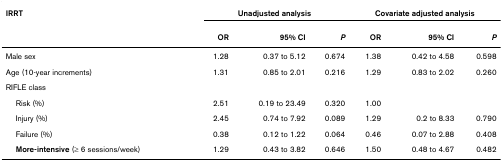
<table><thead><tr><td><b>IRRT</b></td><td colspan="3"><b>Unadjusted analysis</b></td><td colspan="3"><b>Covariate adjusted analysis</b></td></tr><tr><td></td><td><b>OR</b></td><td><b>95% CI</b></td><td><b><i>P</i></b></td><td><b>OR</b></td><td><b>95% CI</b></td><td><b><i>P</i></b></td></tr></thead><tbody><tr><td>Male sex</td><td>1.28</td><td>0.37 to 5.12</td><td>0.674</td><td>1.38</td><td>0.42 to 4.58</td><td>0.598</td></tr><tr><td>Age (10-year increments)</td><td>1.31</td><td>0.85 to 2.01</td><td>0.216</td><td>1.29</td><td>0.83 to 2.02</td><td>0.260</td></tr><tr><td>RIFLE class</td><td></td><td></td><td></td><td></td><td></td><td></td></tr><tr><td> Risk (%)</td><td>2.51</td><td>0.19 to 23.49</td><td>0.320</td><td>1.00</td><td></td><td></td></tr><tr><td> Injury (%)</td><td>2.45</td><td>0.74 to 7.92</td><td>0.089</td><td>1.29</td><td>0.2 to 8.33</td><td>0.790</td></tr><tr><td> Failure (%)</td><td>0.38</td><td>0.12 to 1.22</td><td>0.064</td><td>0.46</td><td>0.07 to 2.88</td><td>0.408</td></tr><tr><td> <b>More-intensive </b>(≥ 6 sessions/week)</td><td>1.29</td><td>0.43 to 3.82</td><td>0.646</td><td>1.50</td><td>0.48 to 4.67</td><td>0.482</td></tr></tbody></table>